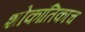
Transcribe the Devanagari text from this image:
शोकांतिकाच